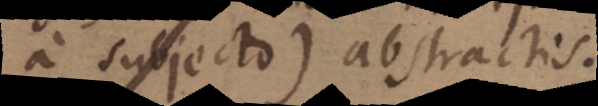
a subjecto) abstractis.